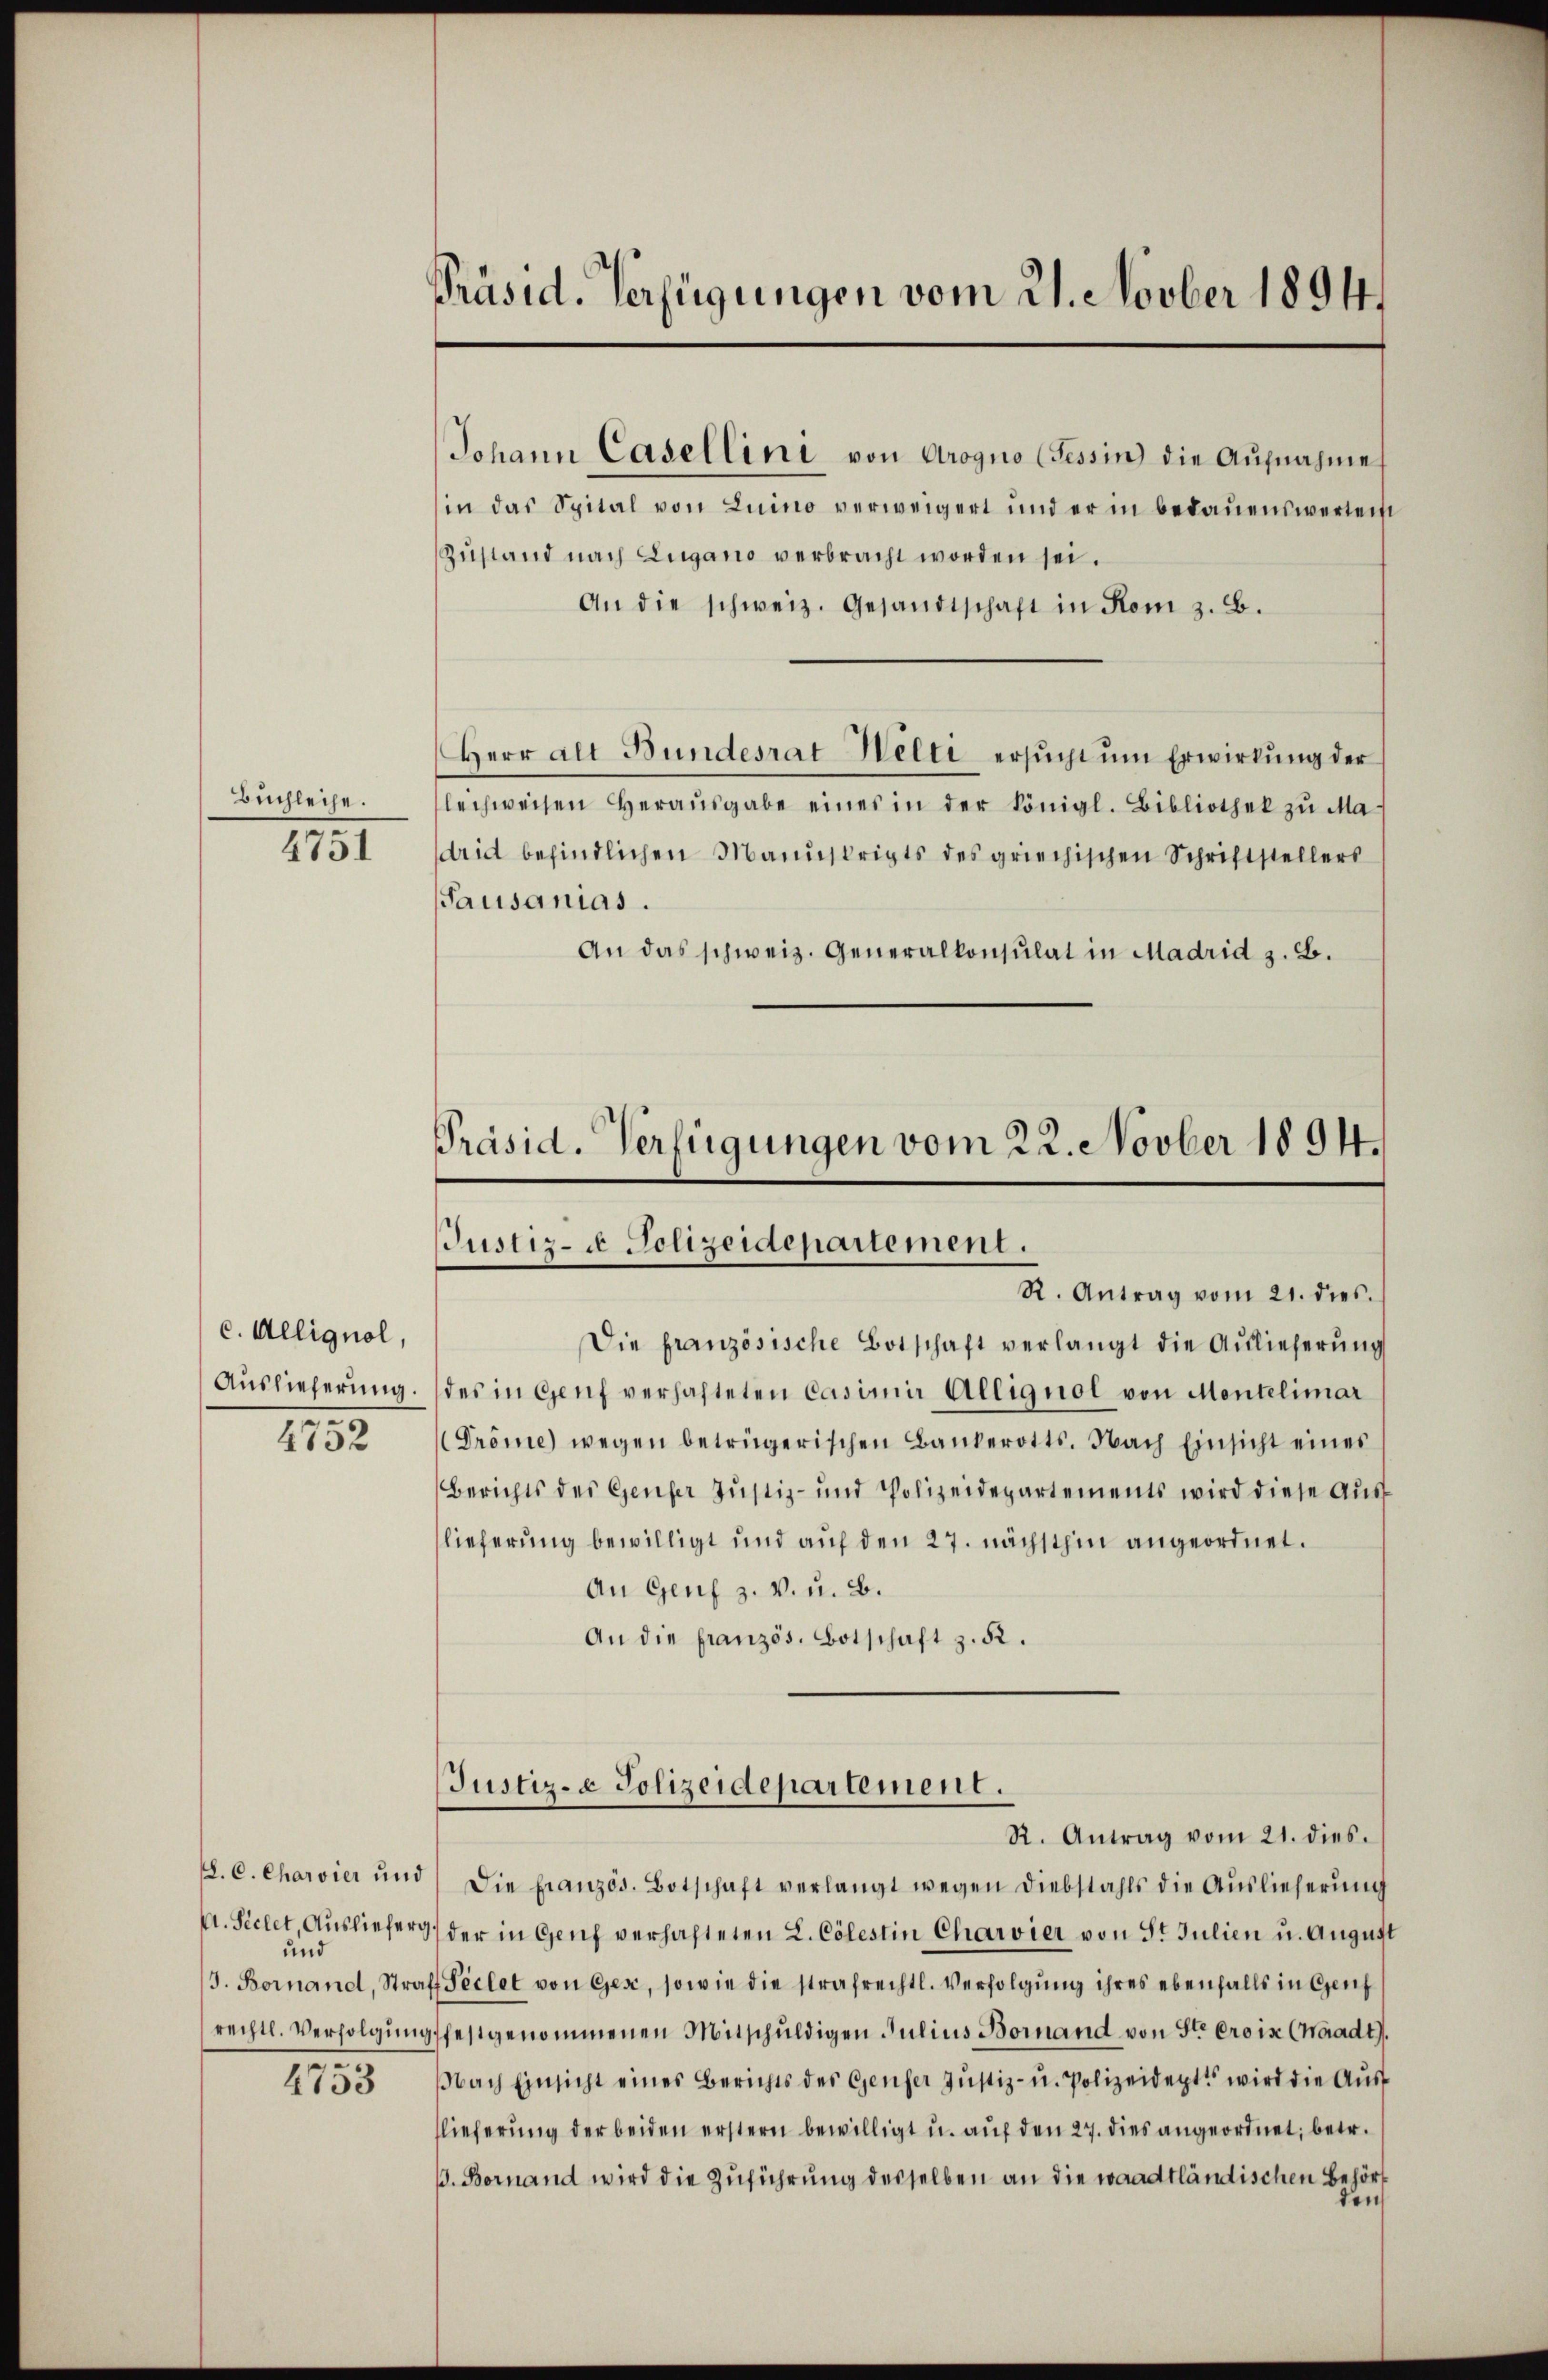
Buchleihe.
4751

c. Alliquol,
4752

C. Siehet, Ausliefe,
und
e

4753

Präsid. Verfügungen vom 21. Novber 1894.

Johann Casellini von Arogno (Tessin die Aufnahme
in das Spital von Luino verweigert und er in bedauenswerten
Zustand nach Lugano verbracht worden sei.
An die schweiz. Gesandtschaft in Rom z. B.
Herr Alt Bundesrat Welti ersŭcht ŭm Erwirkŭng der
lechweisen Heraŭsgabe eines in der königl. Bibliothek zu Ma-
drid befindlichen Manuskripts des griechischen Schriftstellers
Pausanias.
An das schweiz. Generalkonsulat in Madrid z. B.

Präsid. Verfügungen vom 22. Novber 1894.
Justiz- u Polizeidepartement.
R. Antrag vom 21. dies.

Die französische Botschaft verlangt die Aŭslieferŭng
Auslieferung. (des in Genf verhafteten Casimir Alliquol von Montelimar
Tröme) wegen betrügerischen Bankerotts. Nach Einsicht eines
Berichts der Genfer Justiz- und Polizeidepartements wird diese Ausf
lieferung bewilligt und auf den 27. nächsthin angeordnet.
An Genf z. v. u. B.
An die französ. Botschaft z. B.
Justiz- & Polizeidepartement.
R. Antrag vom 21. dies.
. C. Charvier und die französ. Botschaft verlangt wegen diebstahls die Aŭslieferŭng
49) der in Genf verhafteten L. Cölestin Charvier von St. Julien u. August
J. Bornand, Straff Seelet von Gese, sowie die strafrechtl. Verfolgŭng ihres ebenfalls in Genf
rechtl. Verfolgung festgenommenen Mitschuldigen Julius Bornand von St. Croix (Waadt,
Nach Einsicht eines Berichts des Genfer Justiz- u. Polizeidept wird die Ausf
lieferung der beiden erstern bewilligt u. auf den 27. dies angeordnet; betr.
B. Bornand wird die Zuführung desselben an die waadtländischen Behörd
den